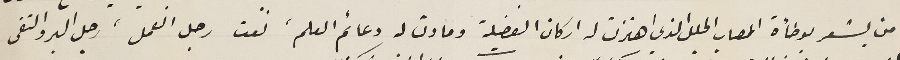
من يشعر بوطأة المصاب الجلل الذي اهتزت له اركان الفضيلة ومادت له دعائم العلم، نعت رجل العمل، رجل البر والتقى